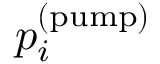
p _ { i } ^ { ( \mathrm { p u m p } ) }